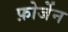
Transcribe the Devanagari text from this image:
फ़ोर्जेन